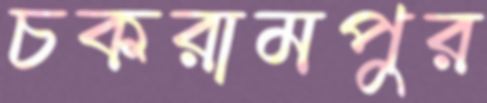
চকরামপুর